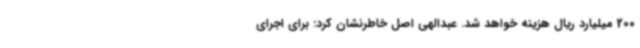
200 میلیارد ریال هزینه خواهد شد. عبدالهی اصل خاطرنشان کرد: برای اجرای